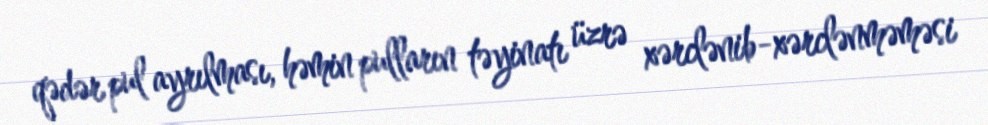
qədər pul ayrılması, həmin pulların təyinatı üzrə xərclənib-xərclənməməsi